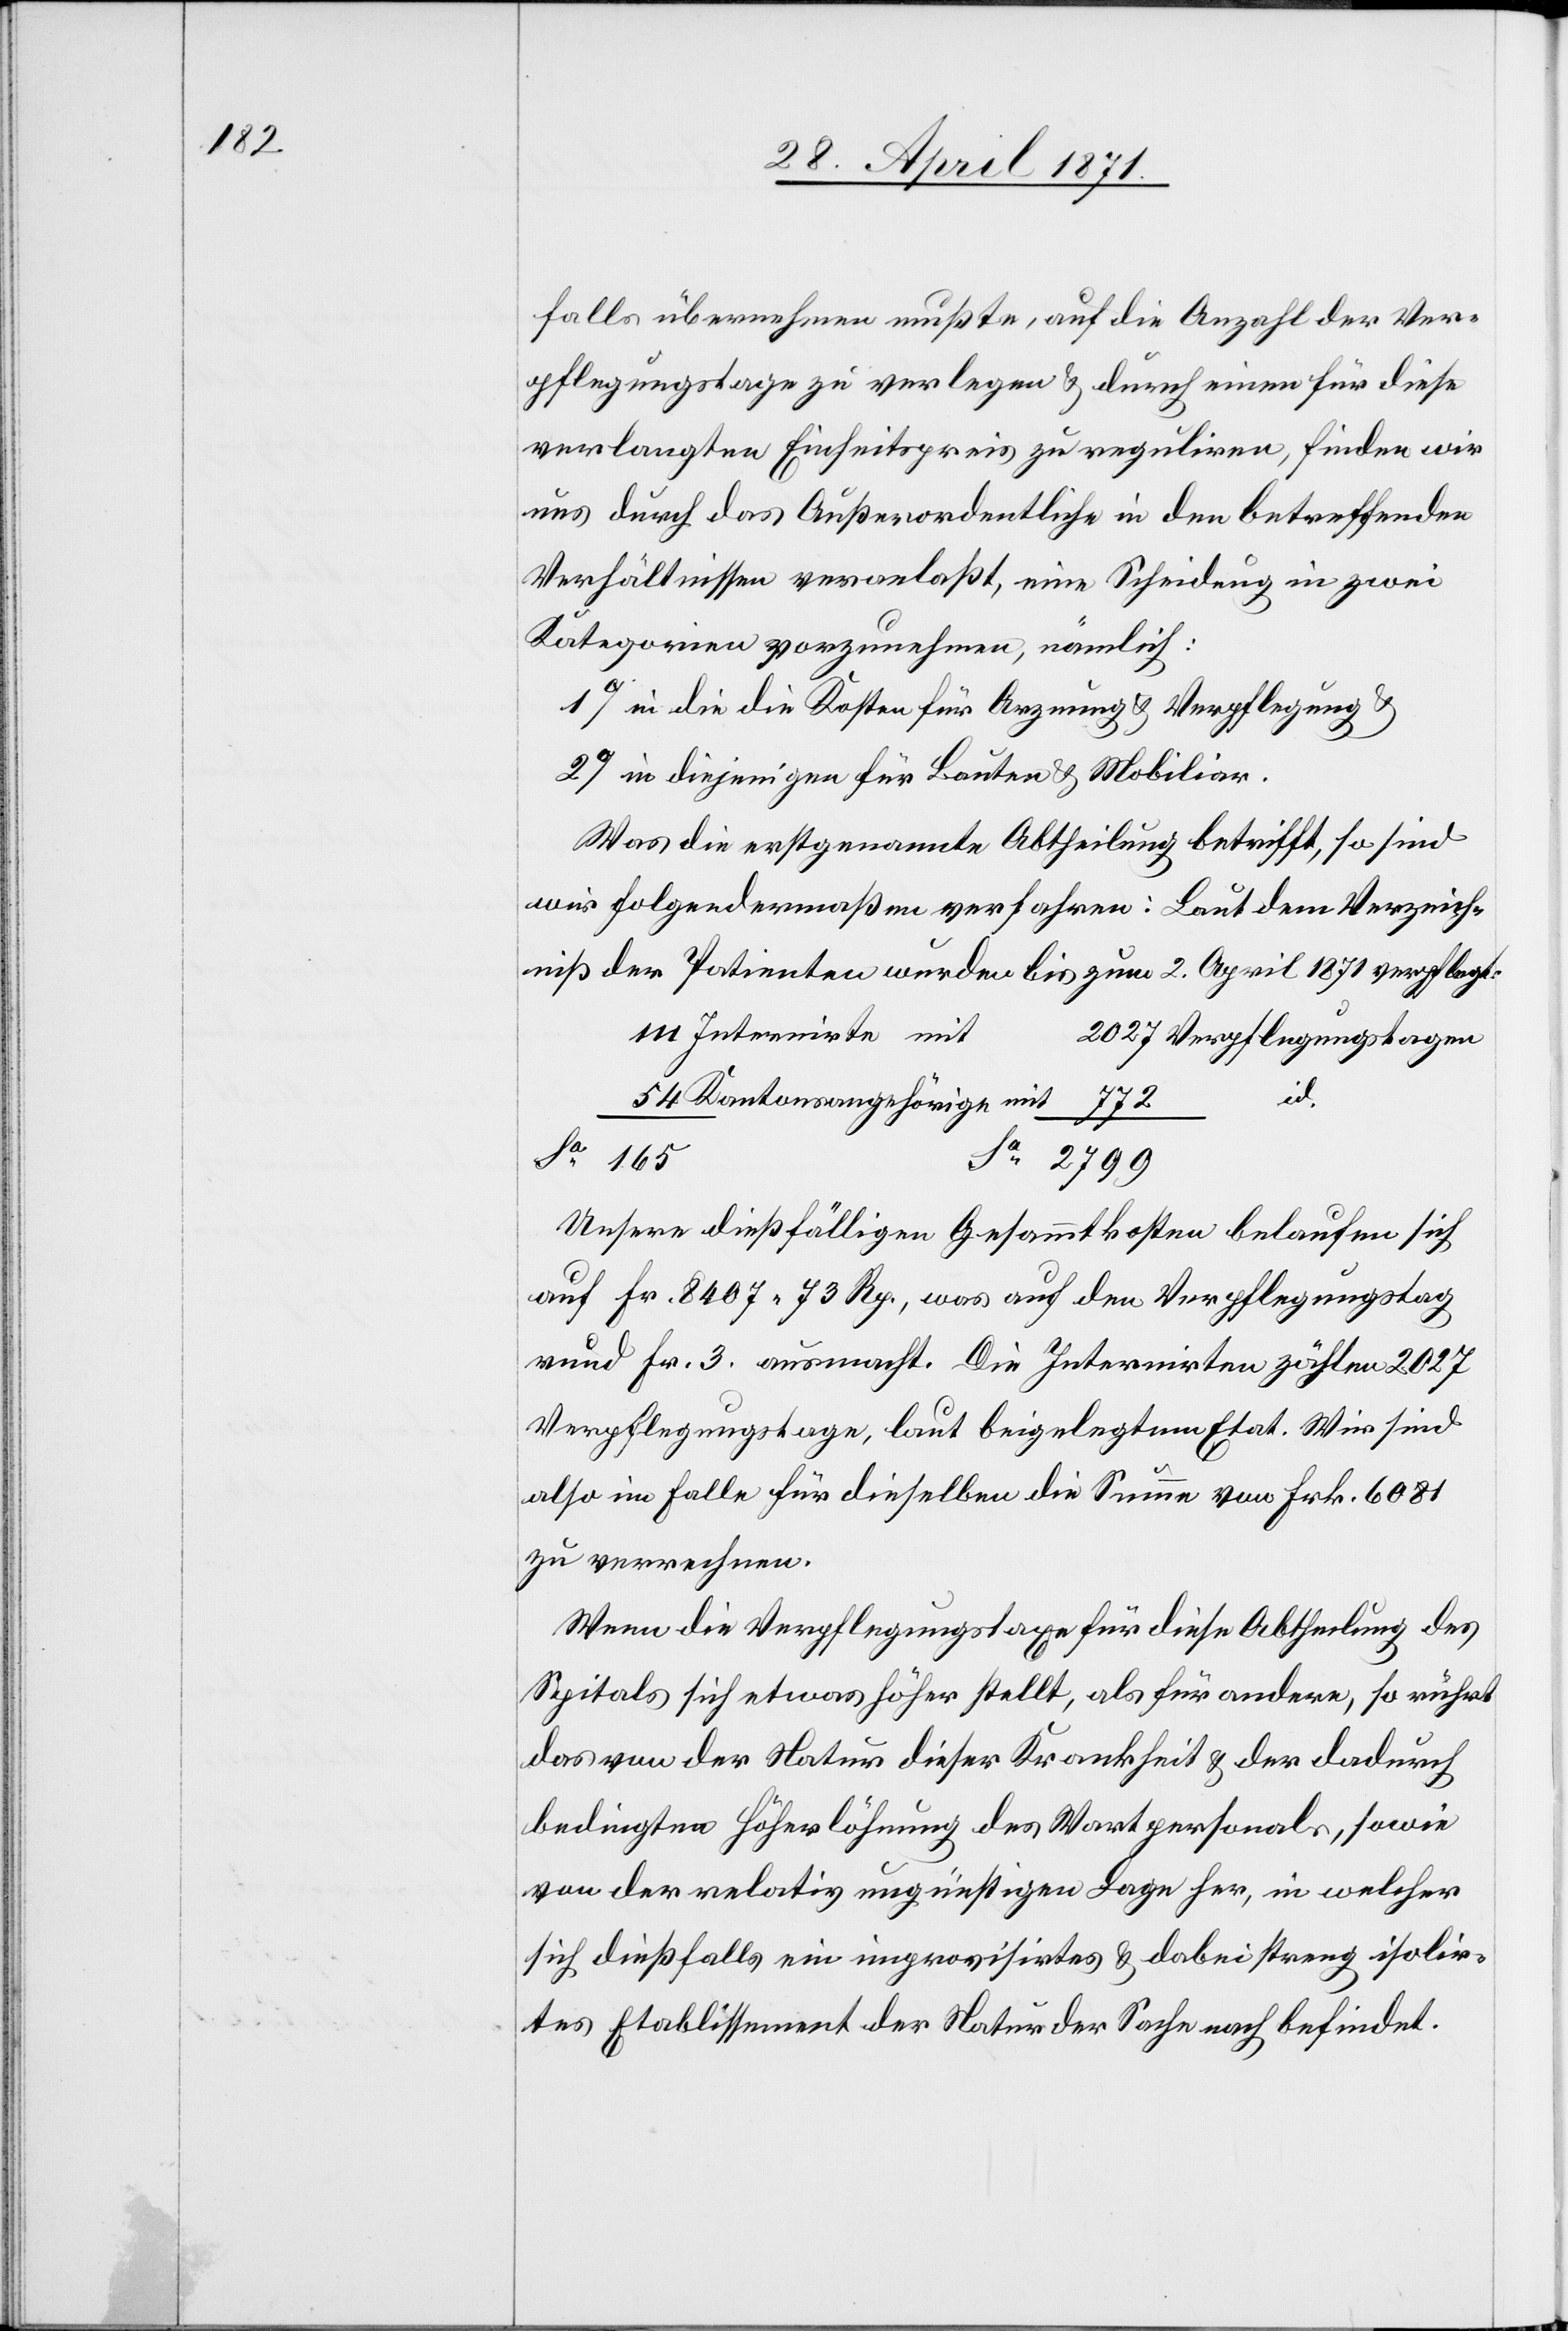
falls übernehmen musste, auf die Anzahl der Ver¬
pflegungstage zu verlegen u. durch einen für diese
verlangten Einheitspreis zu reguliren, finden wir
uns durch das Außerordentliche in den betreffenden
Verhältnissen veranlaßt, eine Scheidung in zwei
Kategorien vorzunehmen, nämlich:
1o in die die [sic!] Kosten für Arznung und Verpflegung u.
2o in diejenigen für Bauten u. Mobiliar.
Was die erstgenannte Abtheilung betrifft, so sind
wir folgendermaßen verfahren: Laut dem Verzeich¬
niß der Patienten wurde bis zum 2. April 1871 verpflegt:
Internirte mit
Verpflegungstagen
Sa.
Sa. 165
Unsere dießfälligen Gesammtkosten belaufen sich
auf Fr. 8407.73 Rp., was auf den Verpflegungstag
rund Fr. 3. ausmacht. Die Internirten zählen 2027
Verpflegungstage, laut beigelegtem Etat. Wir sind
also im Falle für dieselben die Summe von Frk. 6081
zu verrechnen.
Wenn die Verpflegungstaxe für diese Abtheilung des
Spitals sich etwas höher stellt, als für andere, so rührt
das von der Natur dieser Krankheit u. der dadurch
bedingten Höherlöhnung des Wartpersonals, sowie
von der relativ ungünstigen Lage her, in welcher
sich dießfalls ein improvisirtes u. dabei streng isolir¬
tes Etablissement der Natur der Sache nach befindet.